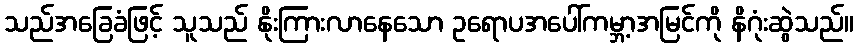
သည်အခြေခံဖြင့် သူသည် နိုးကြားလာနေသော ဥရောပအပေါ်ကမ္ဘာ့အမြင်ကို နိဂုံးဆွဲသည်။